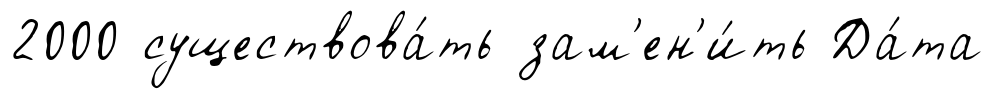
2000 существова́ть зам'ен'и́ть Да́та